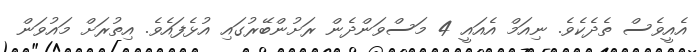
އެއީވެސް ތެދެކެވެ. ނިއަމް އެއައީ 4 މަސްވަންދެން ރަށުންބޭރުގައި އުޅެފައެވެ. އިތުރަށް މައުވަން